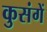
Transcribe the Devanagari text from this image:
कुसंगें